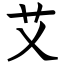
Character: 艾